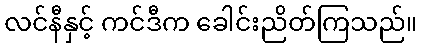
လင်နီနှင့် ကင်ဒီက ခေါင်းညိတ်ကြသည်။